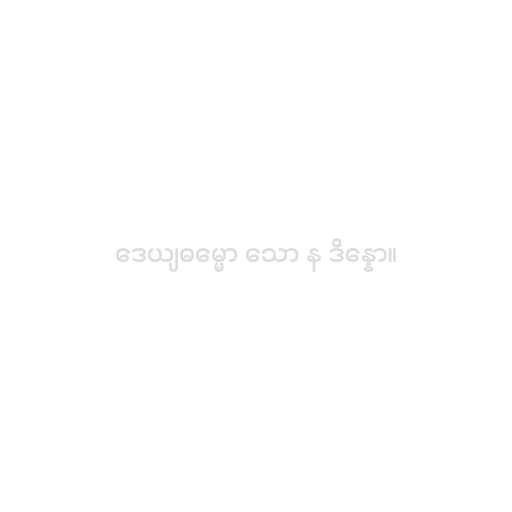
ဒေယျဓမ္မော သော န ဒိန္နော။